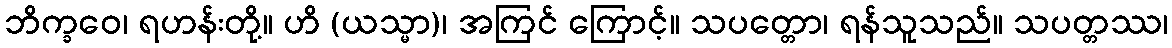
ဘိက္ခဝေ၊ ရဟန်းတို့။ ဟိ (ယသ္မာ)၊ အကြင် ကြောင့်။ သပတ္တော၊ ရန်သူသည်။ သပတ္တဿ၊